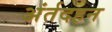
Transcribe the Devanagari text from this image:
अंर्तदहन